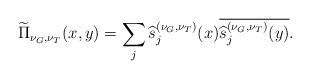
LaTeX: \begin{align*}\widetilde{\Pi}_{\nu_{G},\nu_{T}}(x,y)=\sum_{j}\widehat{s}_{j}^{(\nu_{G},\nu_{T})}(x)\overline{\widehat{s}_{j}^{(\nu_{G},\nu_{T})}(y)}. \end{align*}